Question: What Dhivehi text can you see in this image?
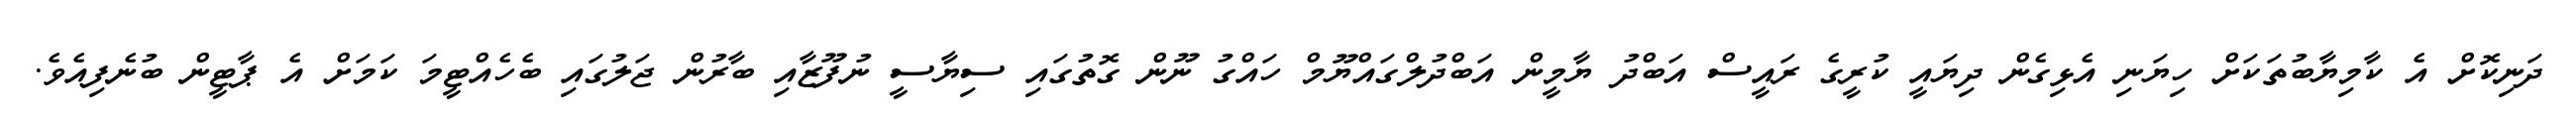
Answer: ދަނިކޮށް އެ ކާމިޔާބުތަކަށް ހިޔަނި އެޅިގެން ދިޔައީ ކުރީގެ ރައީސް އަބްދު ޔާމީން އަބްދުލްގައްޔޫމް ހައްގު ނޫން ގޮތުގައި ސިޔާސީ ނުފޫޒާއި ބާރުން ޖަލުގައި ބެހެއްޓީމަ ކަމަށް އެ ޕާޓީން ބުނެފިއެވެ.